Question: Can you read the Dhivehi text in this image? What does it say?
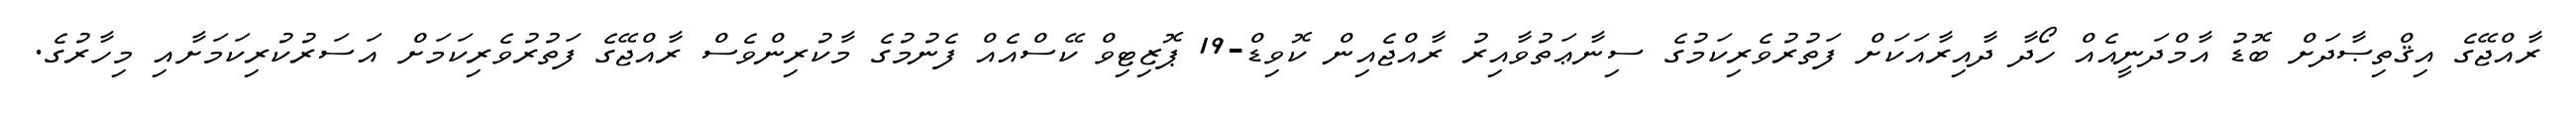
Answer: ރާއްޖޭގެ އިޤްތިޞާދަށް ބޮޑު އާމްދަނީއެއް ހޯދާ ދާއިރާއަކަށް ފަތުރުވެރިކަމުގެ ސިނާޢަތުވާއިރު ރާއްޖެއިން ކޮވިޑް-19 ޕޮޒިޓިވް ކޭސްއެއް ފެނުމުގެ މާކުރިންވެސް ރާއްޖޭގެ ފަތުރުވެރިކަމަށް އަސަރުކުރިކަމަށާއި މިހާރުގެ.